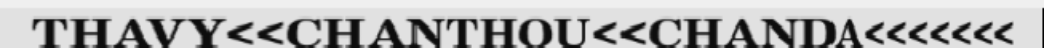
THAVY<<CHANTHOU<<CHANDA<<<<<<<